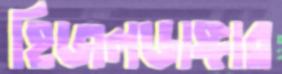
হিজলডাঙ্গার